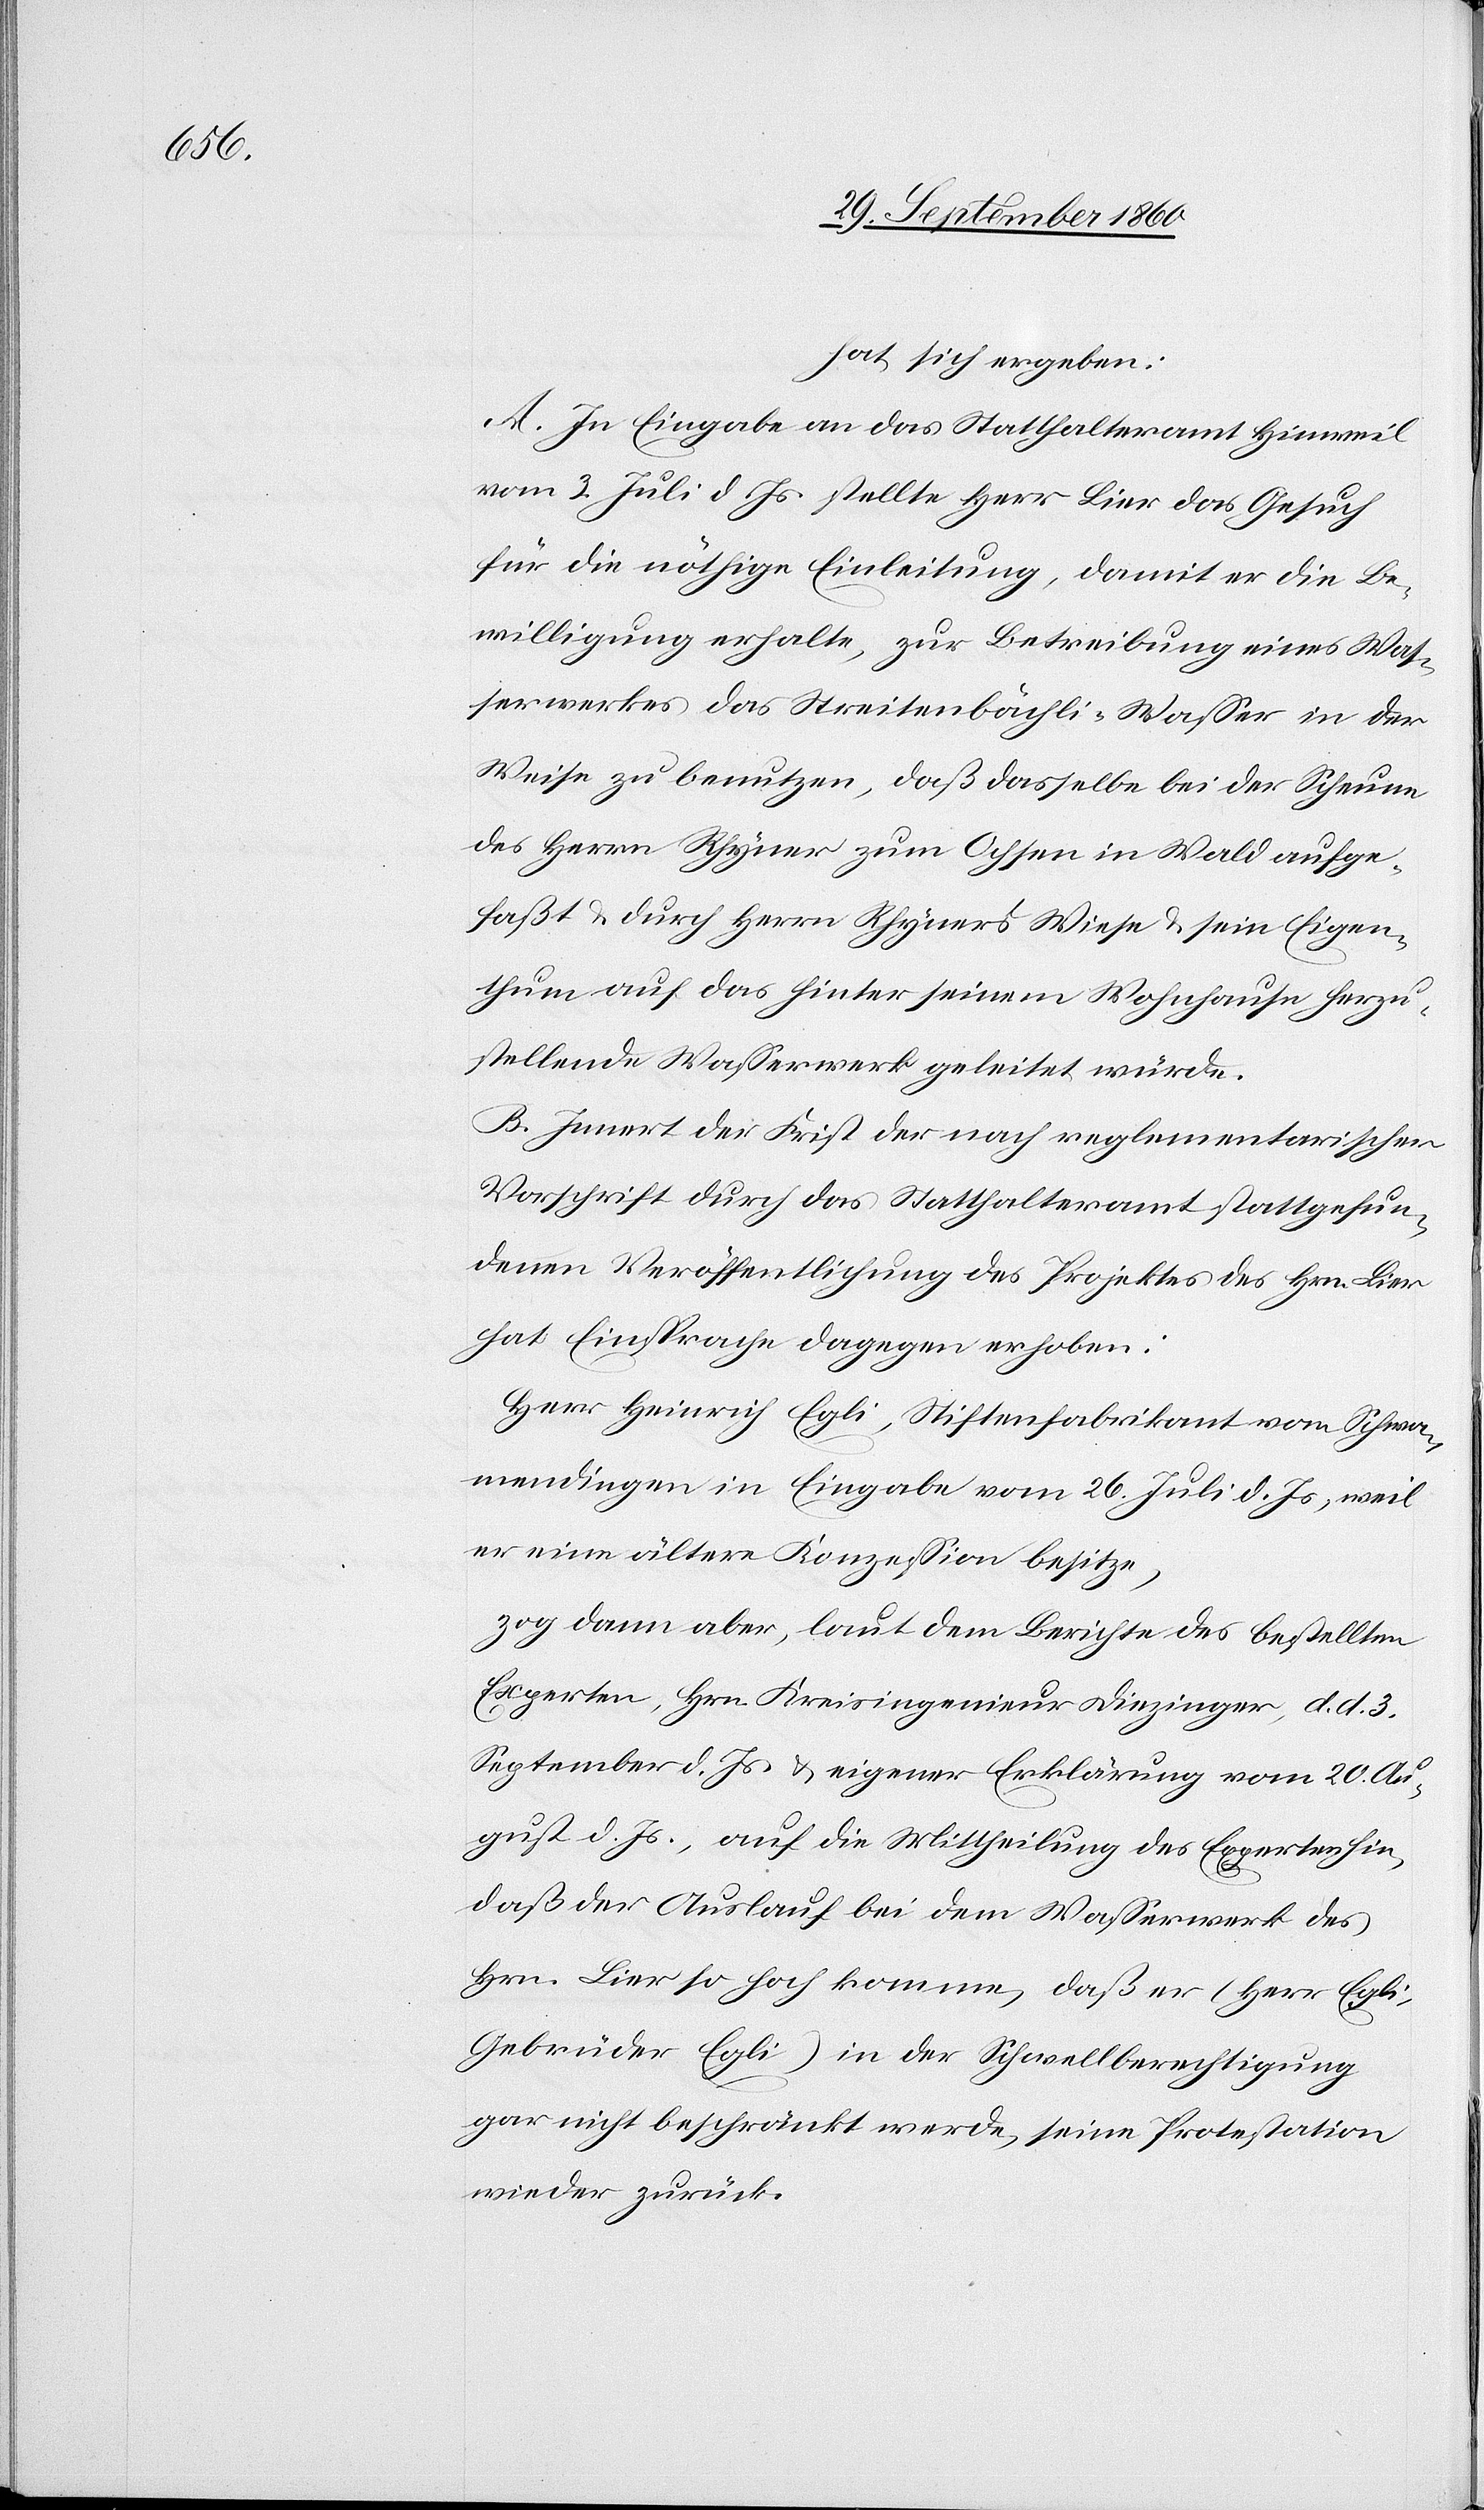
hat sich ergeben:
A. In Eingabe an das Statthalteramt Hinweil
vom 3. Juli d. Js. stellte Herr Lier das Gesuch
für die nöthige Einleitung, damit er die Be¬
willigung erhalte, zur Betreibung eines Was¬
serwerkes das Streitenbächli-Wasser in der
Weise zu benutzen, daß dasselbe bei der Scheune
des Herrn Rhyner zum Ochsen in Wald aufge¬
faßt u. durch Herrn Rhyners Wiese u. sein Eigen¬
thum auf das hinter seinem Wohnhause herzu¬
stellende Wasserwerk geleitet würde.
B. Inner der Frist der nach reglementarischer
Vorschrift durch das Statthalteramt stattgefun¬
denen Veröffentlichung des Projektes des Hrn. Lier
hat Einsprache dagegen erhoben:
Herr Heinrich Egli, Stiftenfabrikant von Schwa¬
mendingen in Eingabe vom 26. Juli d. Js, weil
er eine ältere Konzession besitze,
zog dann aber, laut dem Berichte des bestellten
Experten, Hrn. Kreisingenieur Diezinger, d. d. 3.
September d. Js. u. eigener Erklärung vom 20. Au¬
gust d. Js., auf die Mittheilung des Experten hin,
daß der Auslauf bei dem Wasserwerk des
Hrn. Lier so hoch komme, daß er (Herr Egli,
Gebrüder Egli) in der Schwellberechtigung
gar nicht beschränkt werde, seine Protestation
wieder zurück.